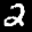
Label: 2